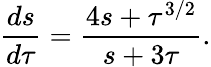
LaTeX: \frac{ds}{d\tau}=\frac{4s+\tau^{3/2}}{s+3\tau}.